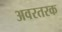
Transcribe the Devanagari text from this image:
अवरतरक